Indian journal of veterinary science and animal husbandry - Volume 7,
Year: 1937
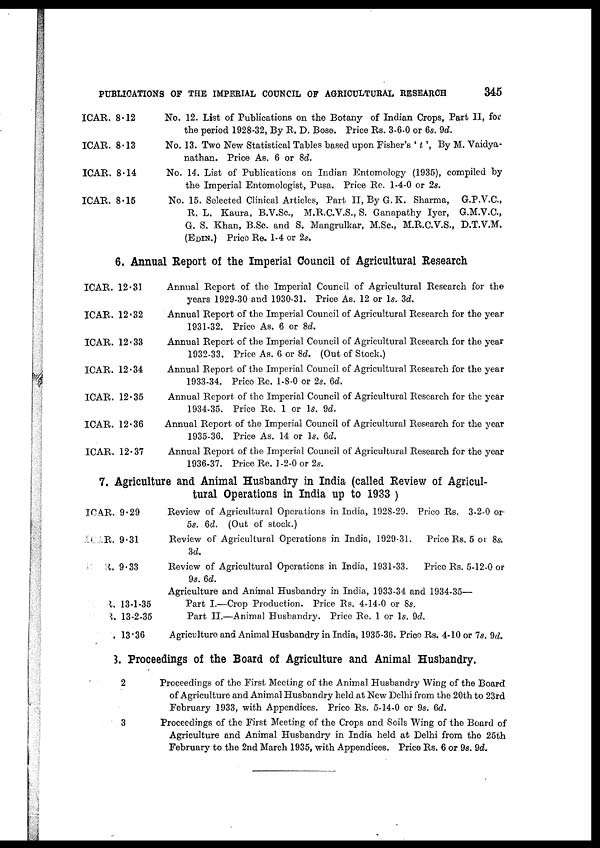
PUBLICATIONS OF THE IMPERIAL COUNCIL OF AGRICULTURAL RESEARCH
345
ICAR. 8.12
ICAR. 8.13
ICAR. 8.14
ICAR. 8.15
No. 12. List of Publications on the Botany of Indian Crops, Part II, for
the period 1928-32, By R. D. Bose. Price Rs. 3-6-0 or 6s. 9d.
No. 13. Two New Statistical Tables based upon Fisher's ' t ', By M. Vaidya-
nathan. Price As. 6 or 8d.
No. 14. List of Publications on Indian Entomology (1935), compiled by
the Imperial Entomologist, Pusa. Price Re. 1-4-0 or 2s.
No. 15. Selected Clinical Articles, Part II, By G. K. Sharma, G.P.V.C.,
R. L. Kaura, B.V.Sc., M.R.C.V.S., S. Ganapathy Iyer, G.M.V.C.,
G. S. Khan, B.Sc. and S. Mangrulkar, M.Sc., M.R.C.V.S., D.T.V.M.
(EDIN.) Price Re. 1-4 or 2s.
6. Annual Report of the Imperial Council of Agricultural Research
ICAR. 12.31
ICAR. 12.32
ICAR. 12.33
ICAR. 12.34
ICAR. 12.35
ICAR. 12.36
ICAR. 12.37
Annual Report of the Imperial Council of Agricultural Research for the
years 1929-30 and 1930-31. Price As. 12 or 1s. 3d.
Annual Report of the Imperial Council of Agricultural Research for the year
1931-32. Price As. 6 or 8d.
Annual Report of the Imperial Council of Agricultural Research for the year
1932-33. Price As. 6 or 8d. (Out of Stock.)
Annual Report of the Imperial Council of Agricultural Research for the year
1933-34. Price Re. 1-8-0 or 2s. 6d.
Annual Report of the Imperial Council of Agricultural Research for the year
1934-35. Price Re. 1 or 1s. 9d.
Annual Report of the Imperial Council of Agricultural Research for the year
1935-36. Price As. 14 or 1s. 6d.
Annual Report of the Imperial Council of Agricultural Research for the year
1936-37. Price Re. 1-2-0 or 2s.
7. Agriculture and Animal Husbandry in India (called Review of Agricul-
tural Operations in India up to 1933 )
ICAR. 9.29
ICAR. 9.31
ICAR. 9.33
ICAR. 13-1-35
ICAR. 13-2-35
ICAR.
13.36
Review of Agricultural Operations in India, 1928-29. Price Rs. 3-2-0 or
5s. 6d. (Out of stock.)
Review of Agricultural Operations in India, 1929-31. Price Rs. 5 or 8s.
3d.
Review of Agricultural Operations in India, 1931-33. Price Rs. 5-12-0 or
9s. 6d.
Agriculture and Animal Husbandry in India, 1933-34 and 1934-35—
Part I.—Crop Production. Price Rs. 4-14-0 or 8s.
Part II.—Animal Husbandry. Price Re. 1 or 1s. 9d.
Agriculture and Animal Husbandry in India, 1935-36. Price Rs. 4-10 or 7s. 9d.
8. Proceedings of the Board of Agriculture and Animal Husbandry.
2
Proceedings of the First Meeting of the Animal Husbandry Wing of the Board
of Agriculture and Animal Husbandry held at New Delhi from the 20th to 23rd
February 1933, with Appendices. Price Rs. 5-14-0 or 9s. 6d.
3
Proceedings of the First Meeting of the Crops and Soils Wing of the Board of
Agriculture and Animal Husbandry in India held at Delhi from the 25th
February to the 2nd March 1935, with Appendices. Price Rs. 6 or 9s. 9d.